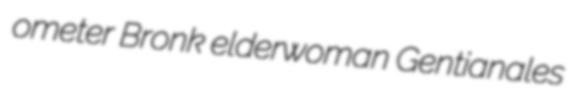
ometer Bronk elderwoman Gentianales